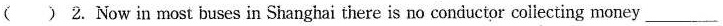
( ) 2.No win most buses in Shanghai there is no conductor collecting money _______